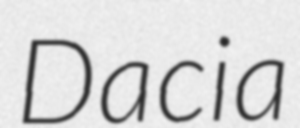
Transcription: Dacia